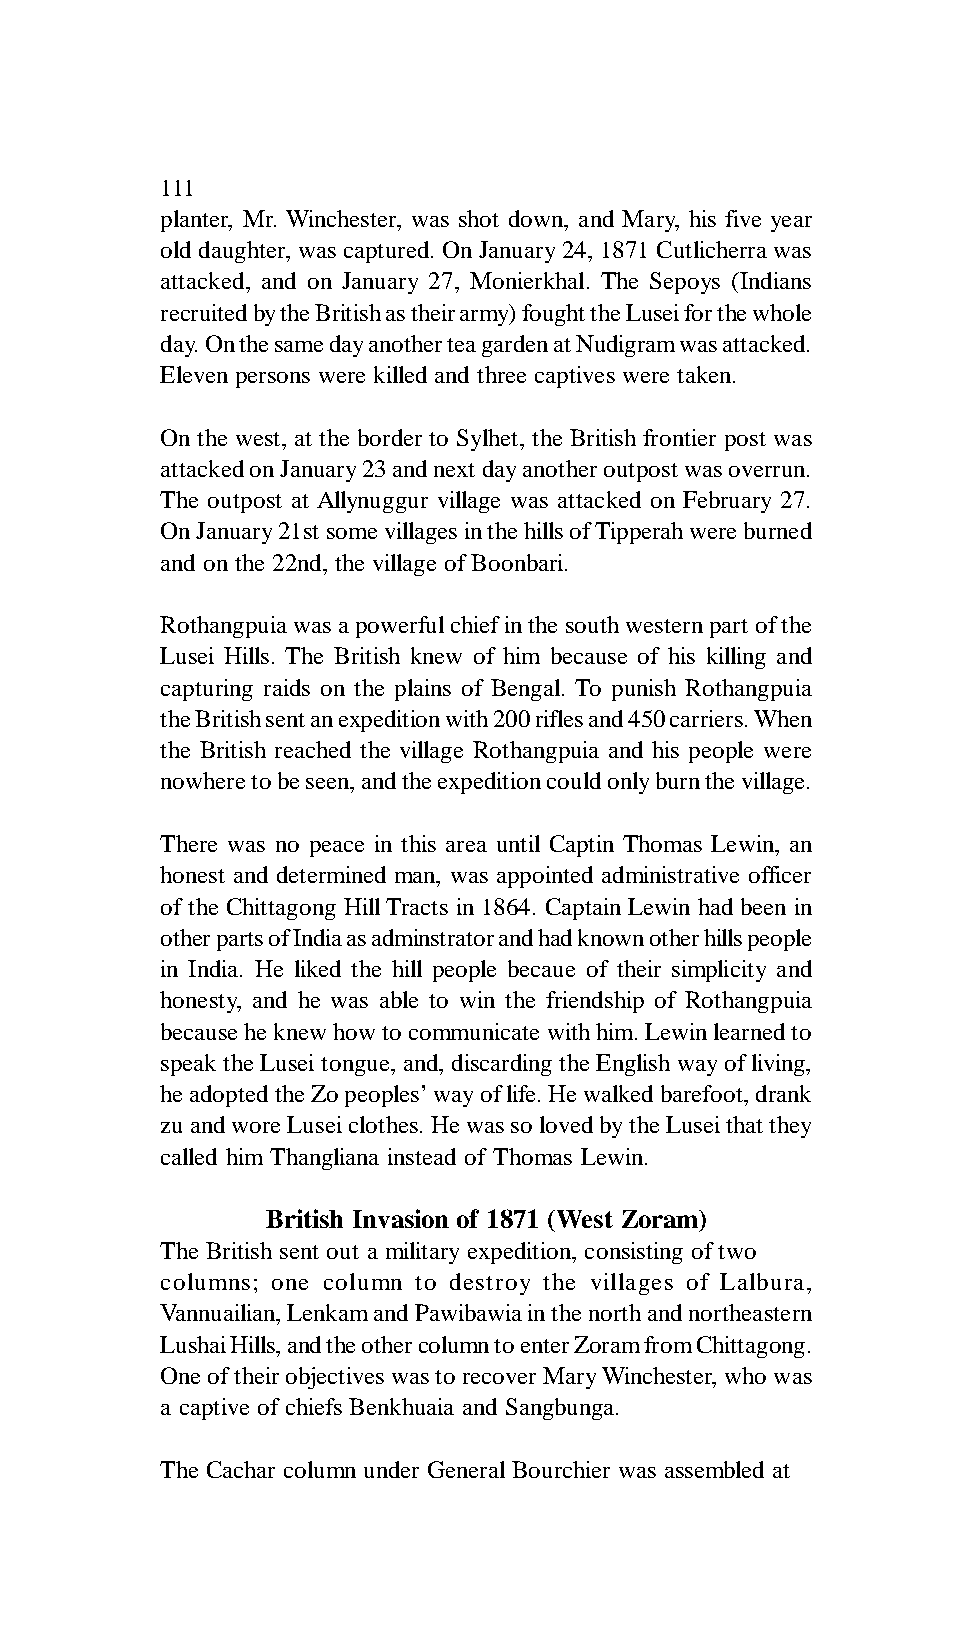
111
 planter, Mr. Winchester, was shot down, and Mary, his five year
 old daughter, was captured. On January 24, 1871 Cutlicherra was
 attacked, and on January 27, Monierkhal. The Sepoys (Indians
 recruited by the British as their army) fought the Lusei for the whole
 day. On the same day another tea garden at Nudigram was attacked.
 Eleven persons were killed and three captives were taken.
 On the west, at the border to Sylhet, the British frontier post was
 attacked on January 23 and next day another outpost was overrun.
 The outpost at Allynuggur village was attacked on February 27.
 On January 21st some villages in the hills of Tipperah were burned
 and on the 22nd, the village of Boonbari.
 Rothangpuia was a powerful chief in the south western part of the
 Lusei Hills. The British knew of him because of his killing and
 capturing raids on the plains of Bengal. To punish Rothangpuia
 the British sent an expedition with 200 rifles and 450 carriers. When
 the British reached the village Rothangpuia and his people were
 nowhere to be seen, and the expedition could only burn the village.
 There was no peace in this area until Captin Thomas Lewin, an
 honest and determined man, was appointed administrative officer
 of the Chittagong Hill Tracts in 1864. Captain Lewin had been in
 other parts of India as adminstrator and had known other hills people
 in India. He liked the hill people becaue of their simplicity and
 honesty, and he was able to win the friendship of Rothangpuia
 because he knew how to communicate with him. Lewin learned to
 speak the Lusei tongue, and, discarding the English way of living,
 he adopted the Zo peoples’ way of life. He walked barefoot, drank
 zu and wore Lusei clothes. He was so loved by the Lusei that they
 called him Thangliana instead of Thomas Lewin.
 British Invasion of 1871 (West Zoram)
 The British sent out a military expedition, consisting of two
 columns; one column to destroy the villages of Lalbura,
 Vannuailian, Lenkam and Pawibawia in the north and northeastern
 Lushai Hills, and the other column to enter Zoram from Chittagong.
 One of their objectives was to recover Mary Winchester, who was
 a captive of chiefs Benkhuaia and Sangbunga.
 The Cachar column under General Bourchier was assembled at